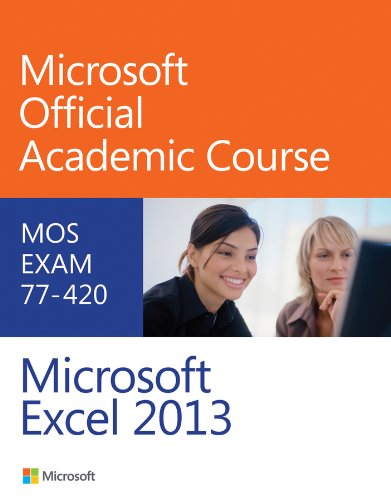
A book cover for Exam 77-420 Microsoft Excel 2013; Microsoft Official Academic Course; Computers & Technology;